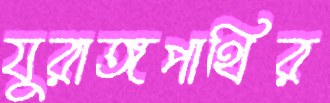
যুরাঙ্গপাথির